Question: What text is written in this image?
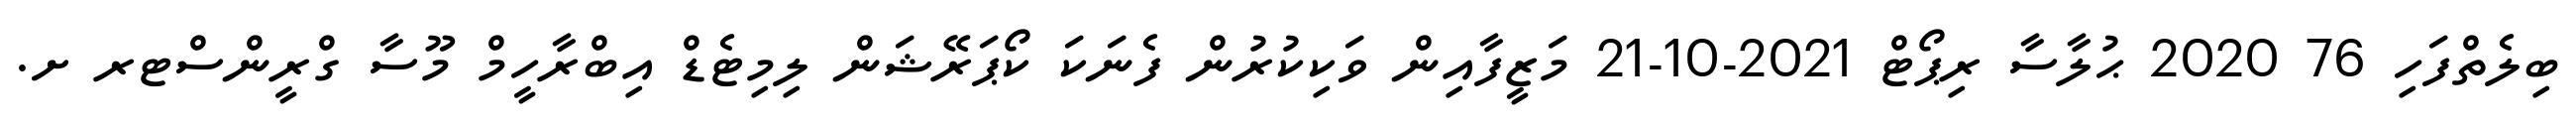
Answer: ބިލެތްފަހި 76 2020 ޙުލާސާ ރިޕޯޓް 2021-10-21 މަޒީފާއިން ވަކިކުރުން ފެނަކަ ކޯޕަރޭޝަން ލިމިޓެޑް އިބްރާހީމް މޫސާ ގްރީންސްޓރ ށ.